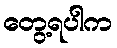
တွေ့ရပါက